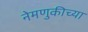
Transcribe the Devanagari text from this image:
नेमणुकीच्या